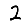
Digit: 2